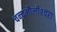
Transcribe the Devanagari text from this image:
चन्‍द्रमौलीश्‍वरा